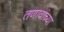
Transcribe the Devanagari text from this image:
तणावांच्या